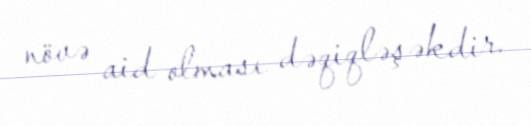
növə aid olması dəqiqləşəkdir.